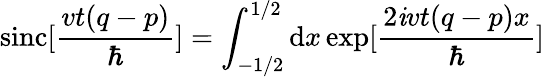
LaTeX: \mathrm{sinc}[\frac{vt(q-p)}{\hbar}]=\int_{-1/2}^{1/2}\mathrm{d}x\exp[\frac{2{\mathit i}vt(q-p)x}{\hbar}]